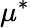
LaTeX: \mu^{*}